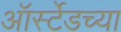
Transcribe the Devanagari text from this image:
ऑर्स्टेडच्या